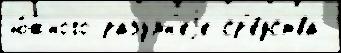
ю́жного разумн'еjе ср'е́дства